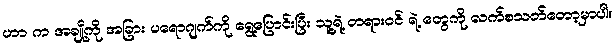
ဟာ က အချို့ကို အခြား ပရောဂျက်ကို ရွေ့ပြောင်းပြီး သူ့ရဲ့ တရားဝင် ရဲ့ တွေကို လက်စသတ်တော့မှာပါ။